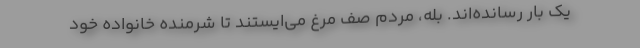
یک بار رسانده‌اند. بله، مردم صف مرغ می‌ایستند تا شرمنده خانواده خود